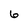
Character: 6